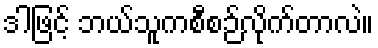
ဒါဖြင့် ဘယ်သူကစီစဉ်လိုက်တာလဲ။